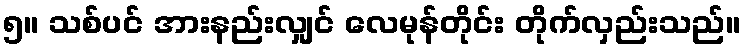
၅။ သစ်ပင် အားနည်းလျှင် လေမုန်တိုင်း တိုက်လှည်းသည်။